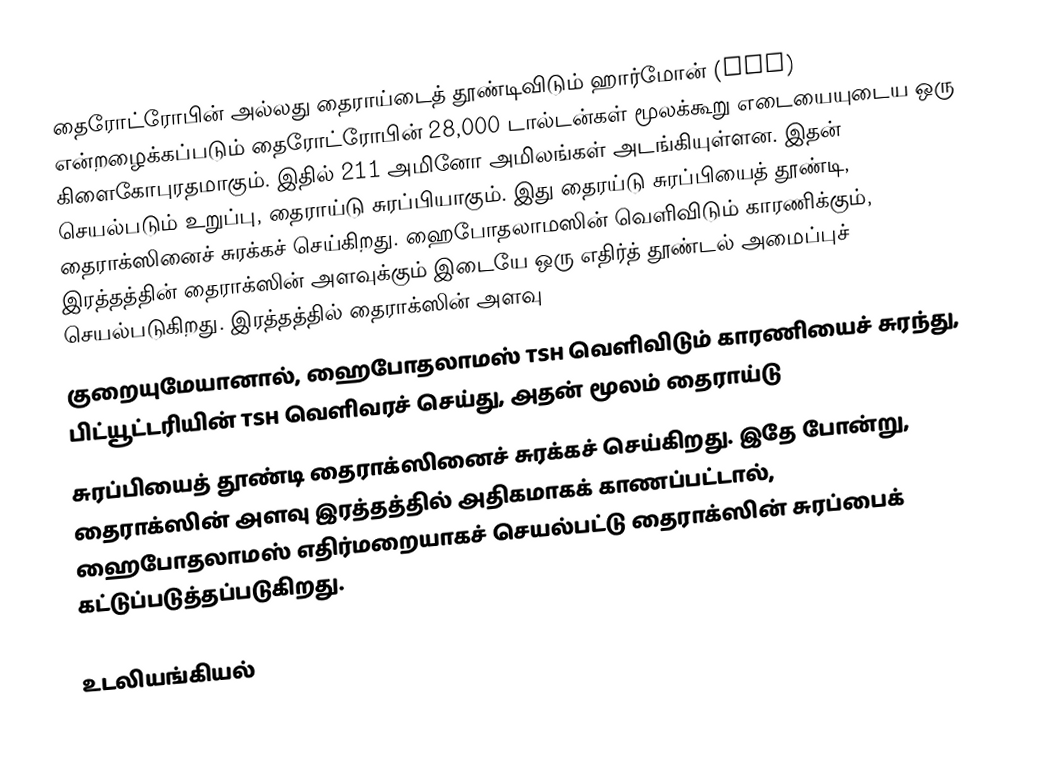
தைரோட்ரோபின் அல்லது தைராய்டைத் தூண்டிவிடும் ஹார்மோன் (TSH) என்றழைக்கப்படும் தைரோட்ரோபின் 28,000 டால்டன்கள் மூலக்கூறு எடையையுடைய ஒரு கிளைகோபுரதமாகும். இதில் 211 அமினோ அமிலங்கள் அடங்கியுள்ளன. இதன் செயல்படும் உறுப்பு, தைராய்டு சுரப்பியாகும். இது தைரய்டு சுரப்பியைத் தூண்டி, தைராக்ஸினைச் சுரக்கச் செய்கிறது. ஹைபோதலாமஸின் வெளிவிடும் காரணிக்கும், இரத்தத்தின் தைராக்ஸின் அளவுக்கும் இடையே ஒரு எதிர்த் தூண்டல் அமைப்புச் செயல்படுகிறது. இரத்தத்தில் தைராக்ஸின் அளவு
குறையுமேயானால், ஹைபோதலாமஸ் TSH வெளிவிடும் காரணியைச் சுரந்து, பிட்யூட்டரியின் TSH வெளிவரச் செய்து, அதன் மூலம் தைராய்டு
சுரப்பியைத் தூண்டி தைராக்ஸினைச் சுரக்கச் செய்கிறது. இதே போன்று, தைராக்ஸின் அளவு இரத்தத்தில் அதிகமாகக் காணப்பட்டால், ஹைபோதலாமஸ் எதிர்மறையாகச் செயல்பட்டு தைராக்ஸின் சுரப்பைக் கட்டுப்படுத்தப்படுகிறது.

உடலியங்கியல்